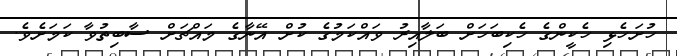
ހުށަހެޅި ހެކީންގެ ހެކިބަހަށް ބަލާއިރު ވައްކަމުގެ ކުށް އޭނާގެ މައްޗަށް ސާބިތުވާ ކަމަށެވެ.